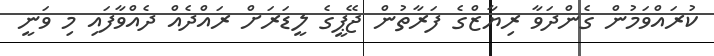
ކުރައްވަމުން ގެންދަވާ ރިޔާޒްގެ ފަރާތުން ޖޭޕީގެ ލީޑަރަށް ރައްދެއް ދެއްވާފައި މި ވަނީ